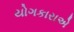
યોગકારાએ